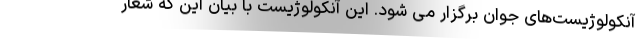
آنکولوژیست‌های جوان برگزار می شود. این آنکولوژیست با بیان این که شعار